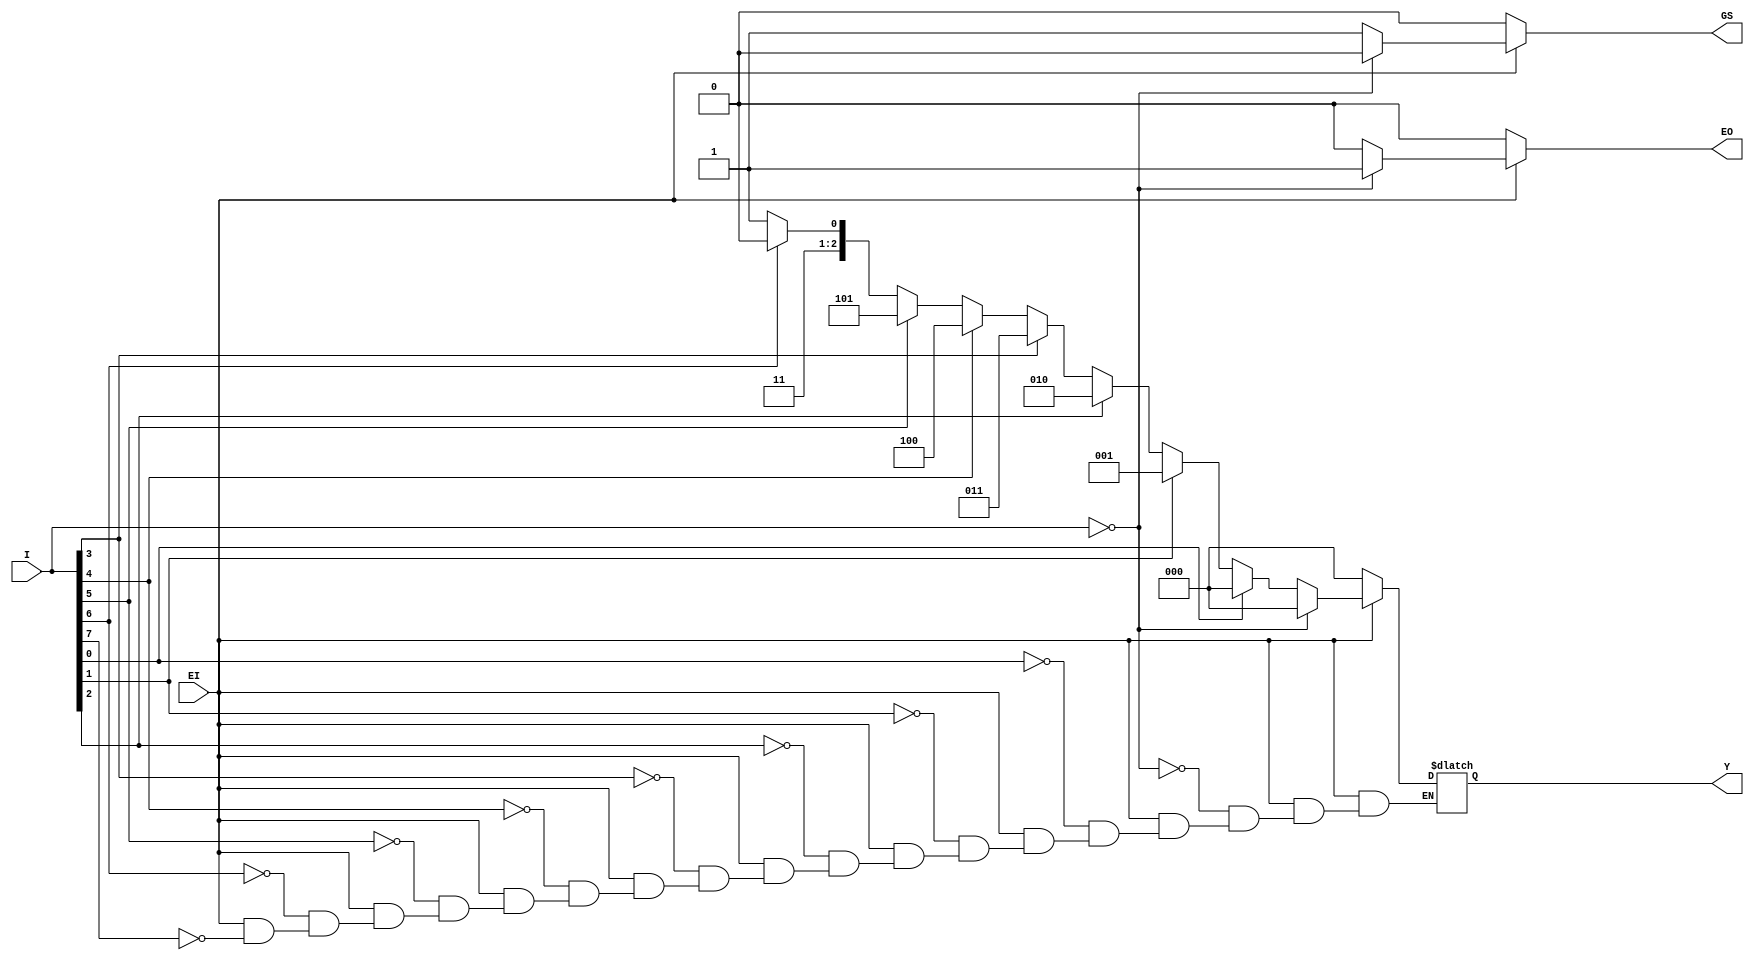
module CD4532(input EI,input [7:0] I,output reg [2:0] Y,output reg GS,EO);
  integer k;
  always @(EI,I)
  begin
    if (EI == 0) begin Y = 3'd0; GS = 0;EO = 0;end
	else                 //?EI??1????????????
	   begin
	      GS = 1;EO = 0; //??????????????GS,EO????
		  for(k = 7;k >= 0;k = k - 1)
		    if(I[k]) begin Y = k; k = -1; end//???????????,k=-1??break??????????
		  if (I == 8'b00000000) begin Y = 3'd0;GS = 0;EO = 1; end//???????????
	   end 
  end
endmodule